Reports on dispensaries and lunatic asylums in the Province of Oudh - 1869-1876
Year: 1869
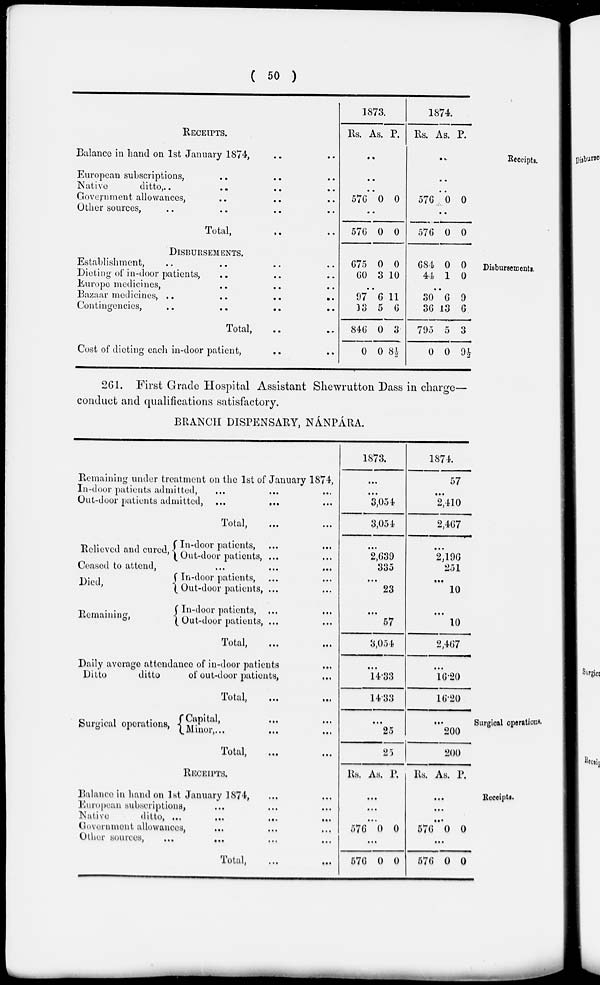
( 50 )
Receipts.
RECEIPTS.
Balance in hand on 1st January 1874, .. ..
European subscriptions, .. .. ..
Native
ditto, .. .. .. ..
Government allowances, .. .. ..
Other sources, .. .. .. ..
Total,
..
..
1873.
Rs. As. P.
..
..
..
576 0 0
..
576 0 0
1874.
Rs. As. P.
..
..
..
576 0 0
..
576 0 0
Disbursements.
DISBURSEMENTS.
Establishment, .. .. ..
Dieting of in-door patients, .. .. ..
Europe medicines, .. .. ..
Bazaar medicines,
..
..
..
..
Contingencies, .. .. .. ..
Total, .. ..
Cost of dieting each in-door patient, .. ..
675
60
0
3
0
10
..
97
13
846
0
6
5
0
0
11
6
3
8½
684
44
0
1
0
0
..
30
36
795
0
6
13
5
0
9
6
3
9½
261. First Grade Hospital Assistant Shewrutton Dass in charge—
conduct and qualifications satisfactory.
BRANCH DISPENSARY, NÁNPÁRA.
Remaining under treatment on the 1st of January 1874,
In-door patients admitted, ... ... ...
Out-door patients admitted,
...
...
...
Total,
...
...
Relieved and cured,
In-door patients, ... ...
Out-door patients, ... ...
Ceased to attend, ... ... ...
Died,
Remaining,
In-door patients,
...
...
Out-door patients, ... ...
In-door patients, ... ...
Out-door patients, ... ...
Total,
...
...
Daily average attendance of in-door patients ...
Ditto
ditto
of out-door patients,
...
Total,
...
...
1873.
...
...
3,054
3,054
...
2,639
335
...
23
...
57
3,054
...
14.33
14.33
1874.
57
...
2,410
2,467
...
2,196
251
...
10
...
10
2,467
...
16.20
16.20
Surgical operations.
Surgical operations,
Capital, ... ...
Minor, ... ... ...
Total,
...
...
...
25
25
...
200
200
Receipts.
RECEIPTS.
Balance in hand on 1st January 1874, ... ...
European subscriptions, ... ... ...
Native
ditto,
...
...
...
...
Government allowances, ... ... ...
Other sources, ... ... ... ...
Total,
...
...
Rs. As. P.
...
...
...
576 0 0
...
576 0 0
Rs. . As. P.
...
...
...
576 0 0
...
576 0 0